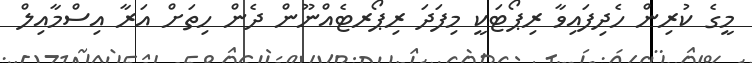
މީގެ ކުރިން ހެދިފައިވާ ރިޕޯޓަކީ މިފަދަ ރިޕޯރޓެއްނޫން ދެން ހިތަށް އަރާ އިސްމާއިލް